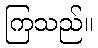
ကြသည်။